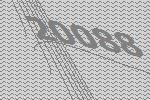
20088